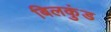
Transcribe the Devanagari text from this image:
बिलकुंड